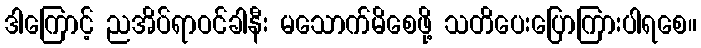
ဒါကြောင့် ညအိပ်ရာဝင်ခါနီး မသောက်မိစေဖို့ သတိပေးပြောကြားပါရစေ။